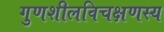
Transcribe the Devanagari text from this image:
गुणशीलविचक्षणस्य